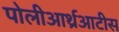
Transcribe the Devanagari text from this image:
पोलीआर्थ्रआटीस